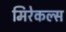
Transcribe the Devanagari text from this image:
मिरेकल्स